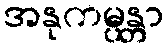
အနုကမ္ပန္တာ